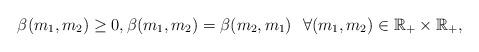
LaTeX: \begin{align*}\beta (m_1,m_2) \geq 0 ,\beta (m_1,m_2)= \beta (m_2,m_1)\ \ \forall (m_1,m_2) \in \mathbb{R}_+ \times \mathbb{R}_+ ,\end{align*}